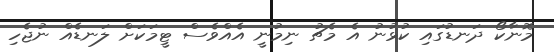
މޮނާކޯ ދަނޑުގައި ކުޅުނު އެ މެޗު ނިމުނީ އެއްވެސް ޓީމަކަށް ލަނޑެއް ނުޖެހި